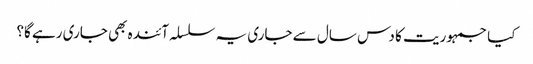
کیا جمہوریت کا دس سال سے جاری یہ سلسلہ آئندہ بھی جاری رہے گا؟